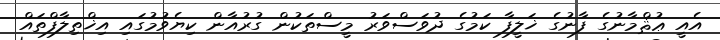
އެއީ ޢުޘްމާނުގެ ފާނުގެ ޚަލީފާ ކަމުގެ ދުވަސްވަރު މީސްތަކުން ގުރުއާން ކިޔެވުމުގައި އިޚްތިލާފްތައް